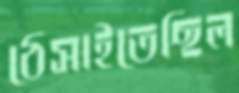
ঠেসাইতেছিল